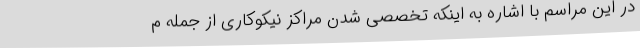
در این مراسم با اشاره به اینکه تخصصی شدن مراکز نیکوکاری از جمله م